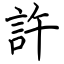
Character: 許